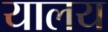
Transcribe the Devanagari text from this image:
यालय